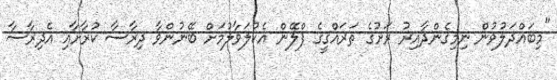
"މިބައްދަލުވުން ނިމިގެންދާއިރު ރަށުގެ ތަރައްގީގެ ޕްލޭން އެކުލަވާލުމަށް ބޭނުންވާ ދިރާސާ ކުރާށާއި އެދިރާސާ